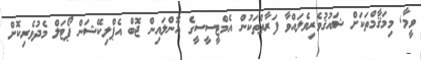
ވީމާ